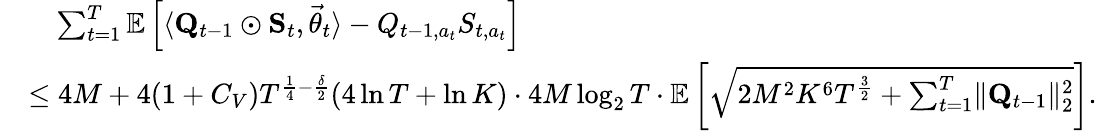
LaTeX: \begin{array}{rl}&{\quad\sum_{t=1}^{T}\mathbb E\left[\langle\mathbf Q_{t-1}\odot\mathbf S_{t},\vec{\theta}_{t}\rangle-Q_{t-1,a_{t}}S_{t,a_{t}}\right]}\\ &{\le 4M+4(1+C_{V})T^{\frac 14-\frac\delta 2}(4\ln T+\ln K)\cdot 4M\log_{2}T\cdot\mathbb E\left[\sqrt{2M^{2}K^{6}T^{\frac 32}+\sum_{t=1}^{T}\lVert\mathbf Q_{t-1}\rVert_{2}^{2}}\right].}\end{array}